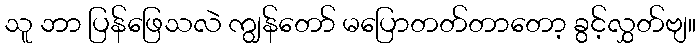
သူ ဘာ ပြန်ဖြေသလဲ ကျွန်တော် မပြောတတ်တာတော့ ခွင့်လွှတ်ဗျ။